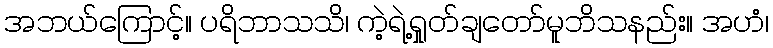
အဘယ်ကြောင့်။ ပရိဘာသသိ၊ ကဲ့ရဲ့ရှုတ်ချတော်မူဘိသနည်း။ အဟံ၊